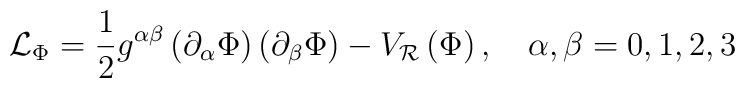
\mathcal{L}_{\Phi }=\frac{1}{2}g^{\alpha \beta}\left( \partial_{\alpha}\Phi \right) \left( \partial _{\beta}\Phi \right)-V_{\mathcal{R}}\left( \Phi \right) , \quad \alpha ,\beta =0,1,2,3